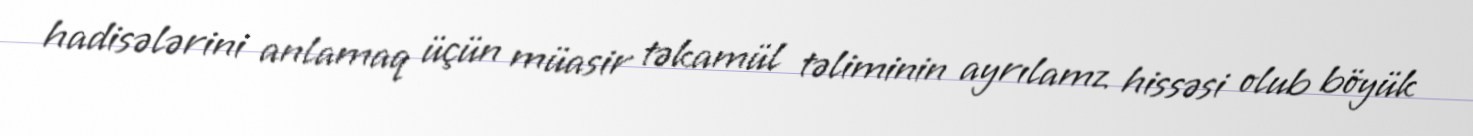
hadisələrini anlamaq üçün müasir təkamül təliminin ayrılamz hissəsi olub böyük